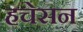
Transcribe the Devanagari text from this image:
हचेसन